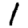
Digit: 1